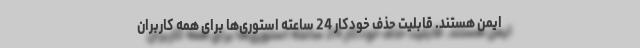
ایمن هستند. قابلیت حذف خودکار 24 ساعته استوری‌ها برای همه کاربران